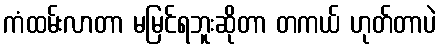
ကံထမ်းလာတာ မမြင်ရဘူးဆိုတာ တကယ် ဟုတ်တာပဲ